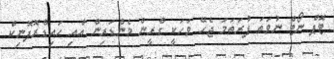
ޓޮޕް ނޯޓް ނުވަތަ ފުރަތަމަ ޖެހޭ ވަހަކީ ގްރީން މެންޑަރިން އާއި ހައިޑްރޮފޮނިކް